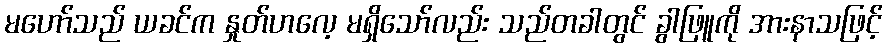
မဟော်သည် ယခင်က နှုတ်ဟလေ့ မရှိသော်လည်း သည်တခါတွင် ခွါဖြူကို အားနာသဖြင့်